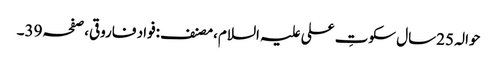
حوالہ 25سال سکوتِ علی علیہ السلام،مصنف:فواد فاروقی،صفحہ39۔